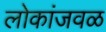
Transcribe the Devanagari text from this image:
लोकांजवळ